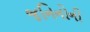
જનિનોની